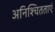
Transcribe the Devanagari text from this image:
अनिश्चितताएं